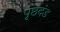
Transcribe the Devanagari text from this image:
पृष्ठदंड